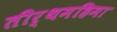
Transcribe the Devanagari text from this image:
तीर्थमहिमा